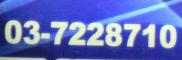
03-7228710